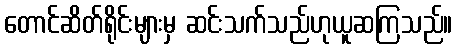
တောင်ဆိတ်ရိုင်းများမှ ဆင်းသက်သည်ဟုယူဆကြသည်။